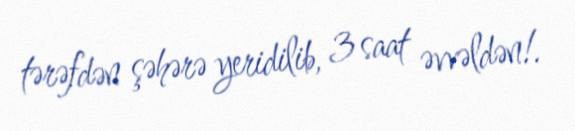
tərəfdən şəhərə yeridilib, 3 saat əvvəldən!.